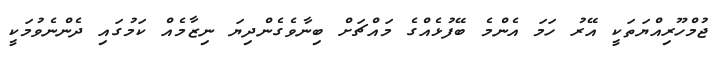
ޖުމްހޫރިއްޔަތަކީ އޭރު ހަމަ އެންމެ ބޭފުޅެއްގެ މައްޗަށް ބިނާވެގެންދިޔަ ނިޒާމެއް ކަމުގައި ދެންނެވުމަކީ